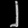
Digit: ၂